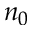
n _ { 0 }